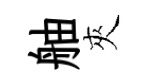
舳夾